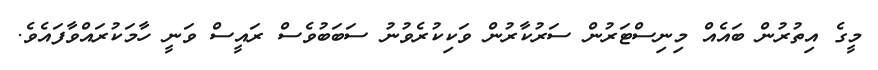
މީގެ އިތުރުން ބައެއް މިނިސްޓަރުން ސަރުކާރުން ވަކިކުރެވުނު ސަބަބުވެސް ރައީސް ވަނީ ހާމަކުރައްވާފައެވެ.